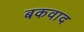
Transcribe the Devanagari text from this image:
बकवाद